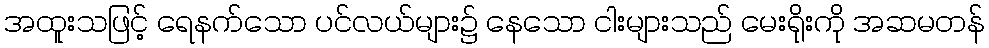
အထူးသဖြင့် ရေနက်သော ပင်လယ်များ၌ နေသော ငါးများသည် မေးရိုးကို အဆမတန်